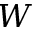
W